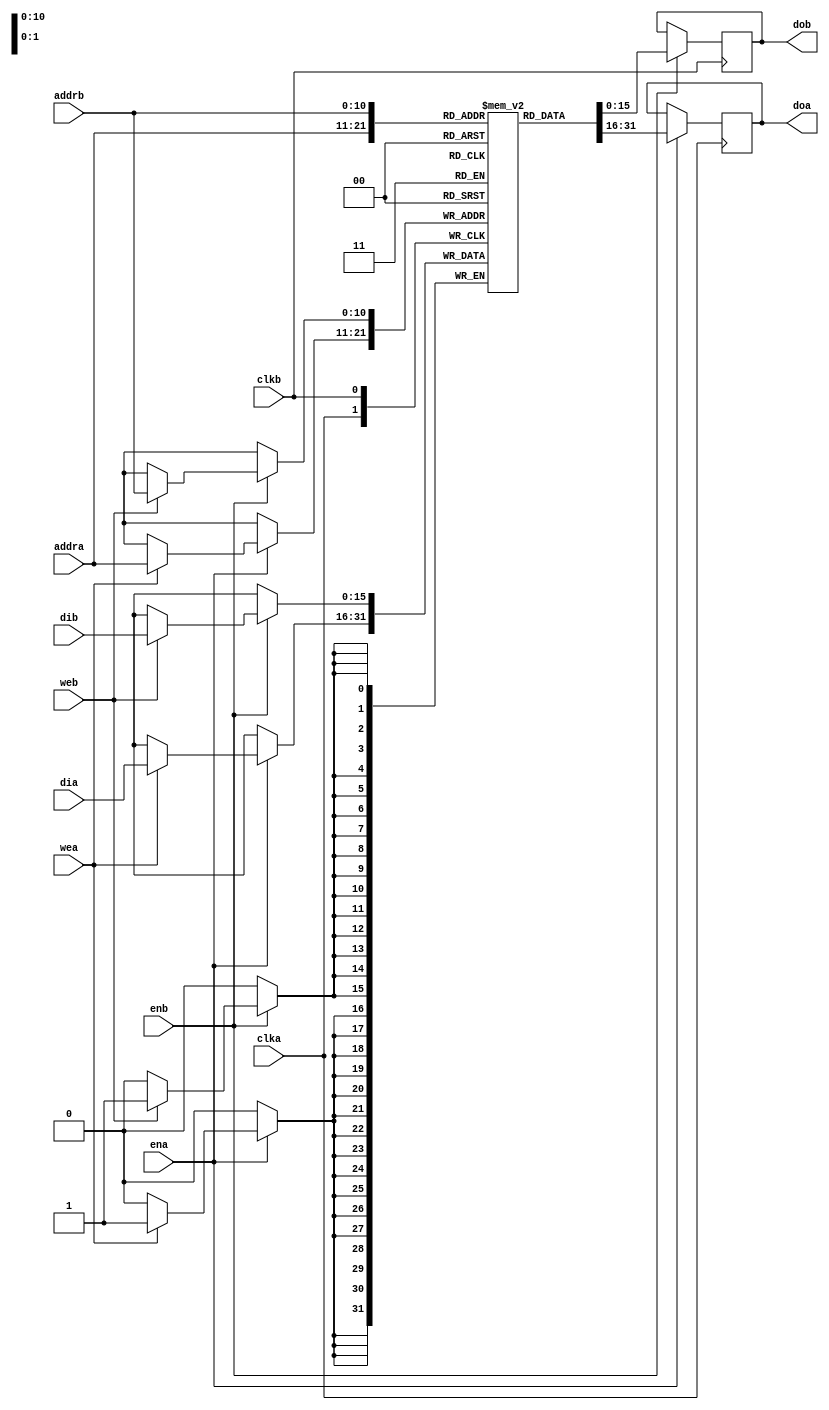
`timescale 1ns / 1ps
//////////////////////////////////////////////////////////////////////////////////
// Module Name: poly_ram
// Project Name:  NTT
// Description: Vivado BRAM block. 
// (https://www.xilinx.com/support/documentation/sw_manuals/xilinx2018_3/ug901-vivado-synthesis.pdf)
// Page 122
//////////////////////////////////////////////////////////////////////////////////


module poly_ram (clka,clkb,ena,enb,wea,web,addra,addrb,dia,dib,doa,dob);
    parameter FILENAME = "";

    input clka, clkb, ena, enb, wea, web;
    input [10:0] addra, addrb;
    input [15:0] dia, dib;
    output [15:0] doa, dob;
    reg [15:0] ram [2047:0];
    reg [15:0] doa, dob;
        
    // addr a logic
    always @(posedge clka)
    begin
        if (ena)
        begin
            if (wea)
                ram[addra] <= dia;
            doa <= ram[addra];
        end
    end
    
    // addrb logic
    always @(posedge clkb)
        begin
        if (enb)
        begin
            if (web)
                ram[addrb] <= dib;
            dob <= ram[addrb];
        end
    end
    
    // initialize top of RAM with gammas_inv_montgomery
    initial begin
      if (FILENAME != "") begin
        $readmemh(FILENAME, ram);
      end
    end
       /*if (INVERSE_GAMMAS == 1'b1) begin
        ram[0] = 16'h0200;
        ram[1] = 16'h0F68;
        ram[2] = 16'h10AB;
        ram[3] = 16'h1523;
        ram[4] = 16'h258F;
        ram[5] = 16'h170C;
        ram[6] = 16'h0C85;
        ram[7] = 16'h17AF;
        ram[8] = 16'h242D;
        ram[9] = 16'h07E5;
        ram[10] = 16'h0C0F;
        ram[11] = 16'h12A2;
        ram[12] = 16'h0405;
        ram[13] = 16'h0636;
        ram[14] = 16'h0157;
        ram[15] = 16'h0212;
        ram[16] = 16'h2073;
        ram[17] = 16'h10B1;
        ram[18] = 16'h0AD1;
        ram[19] = 16'h2591;
        ram[20] = 16'h039B;
        ram[21] = 16'h1C86;
        ram[22] = 16'h1134;
        ram[23] = 16'h0982;
        ram[24] = 16'h05BC;
        ram[25] = 16'h232C;
        ram[26] = 16'h21EA;
        ram[27] = 16'h2BBA;
        ram[28] = 16'h0B4E;
        ram[29] = 16'h2E94;
        ram[30] = 16'h13C5;
        ram[31] = 16'h1F87;
        ram[32] = 16'h0697;
        ram[33] = 16'h2A83;
        ram[34] = 16'h2233;
        ram[35] = 16'h1E2C;
        ram[36] = 16'h2B67;
        ram[37] = 16'h1A0F;
        ram[38] = 16'h1E78;
        ram[39] = 16'h18B0;
        ram[40] = 16'h0A28;
        ram[41] = 16'h183B;
        ram[42] = 16'h1363;
        ram[43] = 16'h1814;
        ram[44] = 16'h2677;
        ram[45] = 16'h1807;
        ram[46] = 16'h2CD3;
        ram[47] = 16'h2803;
        ram[48] = 16'h0EF1;
        ram[49] = 16'h2D57;
        ram[50] = 16'h04FB;
        ram[51] = 16'h0F1D;
        ram[52] = 16'h01A9;
        ram[53] = 16'h150A;
        ram[54] = 16'h108E;
        ram[55] = 16'h2704;
        ram[56] = 16'h1585;
        ram[57] = 16'h2D02;
        ram[58] = 16'h272D;
        ram[59] = 16'h1F01;
        ram[60] = 16'h0D0F;
        ram[61] = 16'h1A56;
        ram[62] = 16'h245B;
        ram[63] = 16'h28C8;
        ram[64] = 16'h2C1F;
        ram[65] = 16'h0D98;
        ram[66] = 16'h0EB5;
        ram[67] = 16'h0488;
        ram[68] = 16'h04E7;
        ram[69] = 16'h1183;
        ram[70] = 16'h21A3;
        ram[71] = 16'h25D7;
        ram[72] = 16'h2B37;
        ram[73] = 16'h0C9D;
        ram[74] = 16'h1E68;
        ram[75] = 16'h2435;
        ram[76] = 16'h1A23;
        ram[77] = 16'h1C12;
        ram[78] = 16'h28B7;
        ram[79] = 16'h295C;
        ram[80] = 16'h2D93;
        ram[81] = 16'h2DCA;
        ram[82] = 16'h0F31;
        ram[83] = 16'h2F44;
        ram[84] = 16'h2511;
        ram[85] = 16'h2FC2;
        ram[86] = 16'h0C5B;
        ram[87] = 16'h2FEC;
        ram[88] = 16'h241F;
        ram[89] = 16'h2FFA;
        ram[90] = 16'h2C0B;
        ram[91] = 16'h0FFE;
        ram[92] = 16'h2EAF;
        ram[93] = 16'h1555;
        ram[94] = 16'h1F90;
        ram[95] = 16'h271D;
        ram[96] = 16'h2A86;
        ram[97] = 16'h1D0A;
        ram[98] = 16'h1E2D;
        ram[99] = 16'h09AE;
        ram[100] = 16'h0A0F;
        ram[101] = 16'h033A;
        ram[102] = 16'h235B;
        ram[103] = 16'h2114;
        ram[104] = 16'h0BC9;
        ram[105] = 16'h1B07;
        ram[106] = 16'h13EE;
        ram[107] = 16'h2903;
        ram[108] = 16'h16A5;
        ram[109] = 16'h1DAC;
        ram[110] = 16'h278D;
        ram[111] = 16'h09E4;
        ram[112] = 16'h0D2F;
        ram[113] = 16'h034C;
        ram[114] = 16'h0465;
        ram[115] = 16'h211A;
        ram[116] = 16'h0177;
        ram[117] = 16'h1B09;
        ram[118] = 16'h007D;
        ram[119] = 16'h0903;
        ram[120] = 16'h102A;
        ram[121] = 16'h0301;
        ram[122] = 16'h2564;
        ram[123] = 16'h2101;
        ram[124] = 16'h1C77;
        ram[125] = 16'h2B01;
        ram[126] = 16'h097D;
        ram[127] = 16'h1E56;
        ram[128] = 16'h132A;
        ram[129] = 16'h1A1D;
        ram[130] = 16'h2664;
        ram[131] = 16'h28B5;
        ram[132] = 16'h0CCC;
        ram[133] = 16'h1D92;
        ram[134] = 16'h0444;
        ram[135] = 16'h29DC;
        ram[136] = 16'h016C;
        ram[137] = 16'h0DF4;
        ram[138] = 16'h207A;
        ram[139] = 16'h14A7;
        ram[140] = 16'h2AD4;
        ram[141] = 16'h26E3;
        ram[142] = 16'h1E47;
        ram[143] = 16'h2CF7;
        ram[144] = 16'h1A18;
        ram[145] = 16'h0EFD;
        ram[146] = 16'h18B3;
        ram[147] = 16'h04FF;
        ram[148] = 16'h183C;
        ram[149] = 16'h21AB;
        ram[150] = 16'h0814;
        ram[151] = 16'h0B39;
        ram[152] = 16'h22B2;
        ram[153] = 16'h13BE;
        ram[154] = 16'h1B91;
        ram[155] = 16'h1695;
        ram[156] = 16'h2931;
        ram[157] = 16'h0787;
        ram[158] = 16'h0DBB;
        ram[159] = 16'h2283;
        ram[160] = 16'h1494;
        ram[161] = 16'h0B81;
        ram[162] = 16'h06DC;
        ram[163] = 16'h13D6;
        ram[164] = 16'h224A;
        ram[165] = 16'h169D;
        ram[166] = 16'h0B6E;
        ram[167] = 16'h178A;
        ram[168] = 16'h23D0;
        ram[169] = 16'h17D9;
        ram[170] = 16'h0BF0;
        ram[171] = 16'h07F3;
        ram[172] = 16'h13FB;
        ram[173] = 16'h22A7;
        ram[174] = 16'h06A9;
        ram[175] = 16'h0B8D;
        ram[176] = 16'h2239;
        ram[177] = 16'h13DA;
        ram[178] = 16'h2B69;
        ram[179] = 16'h069E;
        ram[180] = 16'h2E79;
        ram[181] = 16'h1235;
        ram[182] = 16'h1F7E;
        ram[183] = 16'h1612;
        ram[184] = 16'h2A80;
        ram[185] = 16'h275C;
        ram[186] = 16'h1E2B;
        ram[187] = 16'h1D1F;
        ram[188] = 16'h2A0F;
        ram[189] = 16'h09B5;
        ram[190] = 16'h0E05;
        ram[191] = 16'h233D;
        ram[192] = 16'h24AD;
        ram[193] = 16'h0BBF;
        ram[194] = 16'h1C3A;
        ram[195] = 16'h23EB;
        ram[196] = 16'h1969;
        ram[197] = 16'h0BF9;
        ram[198] = 16'h2879;
        ram[199] = 16'h13FE;
        ram[200] = 16'h1D7E;
        ram[201] = 16'h06AA;
        ram[202] = 16'h19D5;
        ram[203] = 16'h1239;
        ram[204] = 16'h289D;
        ram[205] = 16'h0613;
        ram[206] = 16'h1D8A;
        ram[207] = 16'h2207;
        ram[208] = 16'h19D9;
        ram[209] = 16'h1B58;
        ram[210] = 16'h189E;
        ram[211] = 16'h291E;
        ram[212] = 16'h1835;
        ram[213] = 16'h1DB5;
        ram[214] = 16'h1812;
        ram[215] = 16'h09E7;
        ram[216] = 16'h0806;
        ram[217] = 16'h034D;
        ram[218] = 16'h12AD;
        ram[219] = 16'h111A;
        ram[220] = 16'h163A;
        ram[221] = 16'h25B4;
        ram[222] = 16'h1769;
        ram[223] = 16'h2C92;
        ram[224] = 16'h17CE;
        ram[225] = 16'h2EDC;
        ram[226] = 16'h27F0;
        ram[227] = 16'h1F9F;
        ram[228] = 16'h0D50;
        ram[229] = 16'h2A8B;
        ram[230] = 16'h0470;
        ram[231] = 16'h2E2F;
        ram[232] = 16'h117B;
        ram[233] = 16'h0F65;
        ram[234] = 16'h15D4;
        ram[235] = 16'h1522;
        ram[236] = 16'h1747;
        ram[237] = 16'h270C;
        ram[238] = 16'h27C3;
        ram[239] = 16'h0D04;
        ram[240] = 16'h0D41;
        ram[241] = 16'h1457;
        ram[242] = 16'h046B;
        ram[243] = 16'h16C8;
        ram[244] = 16'h0179;
        ram[245] = 16'h0798;
        ram[246] = 16'h107E;
        ram[247] = 16'h0288;
        ram[248] = 16'h2580;
        ram[249] = 16'h00D8;
        ram[250] = 16'h0C80;
        ram[251] = 16'h0048;
        ram[252] = 16'h142B;
        ram[253] = 16'h0018;
        ram[254] = 16'h06B9;
        ram[255] = 16'h0008;
        ram[256] = 16'h123E;
        ram[257] = 16'h1003;
        ram[258] = 16'h1615;
        ram[259] = 16'h2557;
        ram[260] = 16'h275D;
        ram[261] = 16'h2C73;
        ram[262] = 16'h0D1F;
        ram[263] = 16'h0ED1;
        ram[264] = 16'h1460;
        ram[265] = 16'h24F1;
        ram[266] = 16'h16CB;
        ram[267] = 16'h2C51;
        ram[268] = 16'h0799;
        ram[269] = 16'h1EC6;
        ram[270] = 16'h2289;
        ram[271] = 16'h0A42;
        ram[272] = 16'h0B83;
        ram[273] = 16'h236C;
        ram[274] = 16'h23D7;
        ram[275] = 16'h1BCF;
        ram[276] = 16'h2BF3;
        ram[277] = 16'h0945;
        ram[278] = 16'h2EA7;
        ram[279] = 16'h0317;
        ram[280] = 16'h0F8D;
        ram[281] = 16'h1108;
        ram[282] = 16'h052F;
        ram[283] = 16'h25AE;
        ram[284] = 16'h21BB;
        ram[285] = 16'h2C90;
        ram[286] = 16'h2B3F;
        ram[287] = 16'h1EDB;
        ram[288] = 16'h2E6B;
        ram[289] = 16'h0A49;
        ram[290] = 16'h0F79;
        ram[291] = 16'h136E;
        ram[292] = 16'h2529;
        ram[293] = 16'h067A;
        ram[294] = 16'h0C63;
        ram[295] = 16'h1229;
        ram[296] = 16'h0421;
        ram[297] = 16'h160E;
        ram[298] = 16'h2161;
        ram[299] = 16'h075A;
        ram[300] = 16'h2B21;
        ram[301] = 16'h2274;
        ram[302] = 16'h2E61;
        ram[303] = 16'h0B7C;
        ram[304] = 16'h1F76;
        ram[305] = 16'h03D4;
        ram[306] = 16'h1A7D;
        ram[307] = 16'h1147;
        ram[308] = 16'h28D5;
        ram[309] = 16'h25C3;
        ram[310] = 16'h2D9D;
        ram[311] = 16'h2C97;
        ram[312] = 16'h2F35;
        ram[313] = 16'h0EDD;
        ram[314] = 16'h2FBD;
        ram[315] = 16'h24F5;
        ram[316] = 16'h1FEA;
        ram[317] = 16'h1C52;
        ram[318] = 16'h2AA4;
        ram[319] = 16'h1971;
        ram[320] = 16'h1E37;
        ram[321] = 16'h087B;
        ram[322] = 16'h2A13;
        ram[323] = 16'h12D4;
        ram[324] = 16'h2E07;
        ram[325] = 16'h1647;
        ram[326] = 16'h1F58;
        ram[327] = 16'h076D;
        ram[328] = 16'h1A73;
        ram[329] = 16'h127A;
        ram[330] = 16'h08D1;
        ram[331] = 16'h1629;
        ram[332] = 16'h22F1;
        ram[333] = 16'h0763;
        ram[334] = 16'h1BA6;
        ram[335] = 16'h2277;
        ram[336] = 16'h2938;
        ram[337] = 16'h0B7D;
        ram[338] = 16'h2DBE;
        ram[339] = 16'h23D5;
        ram[340] = 16'h2F40;
        ram[341] = 16'h1BF2;
        ram[342] = 16'h0FC0;
        ram[343] = 16'h1951;
        ram[344] = 16'h0540;
        ram[345] = 16'h2871;
        ram[346] = 16'h01C0;
        ram[347] = 16'h0D7B;
        ram[348] = 16'h2096;
        ram[349] = 16'h247F;
        ram[350] = 16'h1ADD;
        ram[351] = 16'h2C2B;
        ram[352] = 16'h28F5;
        ram[353] = 16'h0EB9;
        ram[354] = 16'h0DA7;
        ram[355] = 16'h24E9;
        ram[356] = 16'h048D;
        ram[357] = 16'h1C4E;
        ram[358] = 16'h2185;
        ram[359] = 16'h2970;
        ram[360] = 16'h2B2D;
        ram[361] = 16'h0DD0;
        ram[362] = 16'h2E65;
        ram[363] = 16'h149B;
        ram[364] = 16'h0F77;
        ram[365] = 16'h26DF;
        ram[366] = 16'h1528;
        ram[367] = 16'h0CF5;
        ram[368] = 16'h270E;
        ram[369] = 16'h1452;
        ram[370] = 16'h1D05;
        ram[371] = 16'h06C6;
        ram[372] = 16'h29AD;
        ram[373] = 16'h0242;
        ram[374] = 16'h2DE5;
        ram[375] = 16'h10C1;
        ram[376] = 16'h2F4D;
        ram[377] = 16'h1596;
        ram[378] = 16'h2FC5;
        ram[379] = 16'h0732;
        ram[380] = 16'h2FED;
        ram[381] = 16'h0266;
        ram[382] = 16'h1FFA;
        ram[383] = 16'h10CD;
        ram[384] = 16'h1AA9;
        ram[385] = 16'h159A;
        ram[386] = 16'h08E3;
        ram[387] = 16'h2734;
        ram[388] = 16'h22F7;
        ram[389] = 16'h2D12;
        ram[390] = 16'h1BA8;
        ram[391] = 16'h0F06;
        ram[392] = 16'h0938;
        ram[393] = 16'h0502;
        ram[394] = 16'h1313;
        ram[395] = 16'h21AC;
        ram[396] = 16'h165C;
        ram[397] = 16'h2B3A;
        ram[398] = 16'h0774;
        ram[399] = 16'h1E69;
        ram[400] = 16'h027C;
        ram[401] = 16'h0A23;
        ram[402] = 16'h00D4;
        ram[403] = 16'h0361;
        ram[404] = 16'h1047;
        ram[405] = 16'h2121;
        ram[406] = 16'h056D;
        ram[407] = 16'h0B0B;
        ram[408] = 16'h01CF;
        ram[409] = 16'h23AF;
        ram[410] = 16'h209B;
        ram[411] = 16'h0BE5;
        ram[412] = 16'h2ADF;
        ram[413] = 16'h03F7;
        ram[414] = 16'h2E4B;
        ram[415] = 16'h2153;
        ram[416] = 16'h2F6F;
        ram[417] = 16'h1B1C;
        ram[418] = 16'h1FD0;
        ram[419] = 16'h290A;
        ram[420] = 16'h1A9B;
        ram[421] = 16'h0DAE;
        ram[422] = 16'h28DF;
        ram[423] = 16'h2490;
        ram[424] = 16'h1DA0;
        ram[425] = 16'h0C30;
        ram[426] = 16'h09E0;
        ram[427] = 16'h0410;
        ram[428] = 16'h134B;
        ram[429] = 16'h115B;
        ram[430] = 16'h266F;
        ram[431] = 16'h05C9;
        ram[432] = 16'h1CD0;
        ram[433] = 16'h11EE;
        ram[434] = 16'h199B;
        ram[435] = 16'h05FA;
        ram[436] = 16'h0889;
        ram[437] = 16'h01FE;
        ram[438] = 16'h22D9;
        ram[439] = 16'h00AA;
        ram[440] = 16'h1B9E;
        ram[441] = 16'h1039;
        ram[442] = 16'h1935;
        ram[443] = 16'h2569;
        ram[444] = 16'h0867;
        ram[445] = 16'h2C79;
        ram[446] = 16'h02CD;
        ram[447] = 16'h0ED3;
        ram[448] = 16'h00EF;
        ram[449] = 16'h04F1;
        ram[450] = 16'h1050;
        ram[451] = 16'h11A6;
        ram[452] = 16'h0570;
        ram[453] = 16'h05E2;
        ram[454] = 16'h01D0;
        ram[455] = 16'h01F6;
        ram[456] = 16'h109B;
        ram[457] = 16'h20A8;
        ram[458] = 16'h0589;
        ram[459] = 16'h1AE3;
        ram[460] = 16'h21D9;
        ram[461] = 16'h28F7;
        ram[462] = 16'h2B49;
        ram[463] = 16'h1DA8;
        ram[464] = 16'h1E6E;
        ram[465] = 16'h19E3;
        ram[466] = 16'h1A25;
        ram[467] = 16'h08A1;
        ram[468] = 16'h08B7;
        ram[469] = 16'h22E1;
        ram[470] = 16'h12E8;
        ram[471] = 16'h2BA1;
        ram[472] = 16'h264E;
        ram[473] = 16'h0E8B;
        ram[474] = 16'h1CC5;
        ram[475] = 16'h04D9;
        ram[476] = 16'h0997;
        ram[477] = 16'h119E;
        ram[478] = 16'h2333;
        ram[479] = 16'h25E0;
        ram[480] = 16'h1BBC;
        ram[481] = 16'h0CA0;
        ram[482] = 16'h193F;
        ram[483] = 16'h2436;
        ram[484] = 16'h286B;
        ram[485] = 16'h0C12;
        ram[486] = 16'h0D79;
        ram[487] = 16'h0406;
        ram[488] = 16'h147E;
        ram[489] = 16'h2158;
        ram[490] = 16'h16D5;
        ram[491] = 16'h2B1E;
        ram[492] = 16'h279D;
        ram[493] = 16'h2E60;
        ram[494] = 16'h2D35;
        ram[495] = 16'h2F76;
        ram[496] = 16'h1F12;
        ram[497] = 16'h0FD2;
        ram[498] = 16'h2A5C;
        ram[499] = 16'h0546;
        ram[500] = 16'h1E1F;
        ram[501] = 16'h01C2;
        ram[502] = 16'h2A0B;
        ram[503] = 16'h0096;
        ram[504] = 16'h1E04;
        ram[505] = 16'h0032;
        ram[506] = 16'h2A02;
        ram[507] = 16'h1011;
        ram[508] = 16'h1E01;
        ram[509] = 16'h055B;
        ram[510] = 16'h2A01;
        ram[511] = 16'h01C9;
       end else begin
        ram[0] = 16'h0FEB;
        ram[1] = 16'h14C3;
        ram[2] = 16'h1F1D;
        ram[3] = 16'h1CCD;
        ram[4] = 16'h020A;
        ram[5] = 16'h2788;
        ram[6] = 16'h2343;
        ram[7] = 16'h13D7;
        ram[8] = 16'h0928;
        ram[9] = 16'h04FE;
        ram[10] = 16'h07B5;
        ram[11] = 16'h15C6;
        ram[12] = 16'h03FA;
        ram[13] = 16'h18DC;
        ram[14] = 16'h2BF0;
        ram[15] = 16'h2247;
        ram[16] = 16'h1D4C;
        ram[17] = 16'h1E8E;
        ram[18] = 16'h15A1;
        ram[19] = 16'h128D;
        ram[20] = 16'h2134;
        ram[21] = 16'h2F6E;
        ram[22] = 16'h1550;
        ram[23] = 16'h1EA0;
        ram[24] = 16'h1545;
        ram[25] = 16'h0F14;
        ram[26] = 16'h11B8;
        ram[27] = 16'h2BE7;
        ram[28] = 16'h181B;
        ram[29] = 16'h2117;
        ram[30] = 16'h0A7B;
        ram[31] = 16'h2B5B;
        ram[32] = 16'h2941;
        ram[33] = 16'h0190;
        ram[34] = 16'h17F9;
        ram[35] = 16'h1CAD;
        ram[36] = 16'h1527;
        ram[37] = 16'h21C6;
        ram[38] = 16'h17F8;
        ram[39] = 16'h16E6;
        ram[40] = 16'h1599;
        ram[41] = 16'h1456;
        ram[42] = 16'h0038;
        ram[43] = 16'h2382;
        ram[44] = 16'h2214;
        ram[45] = 16'h2D73;
        ram[46] = 16'h06A6;
        ram[47] = 16'h283E;
        ram[48] = 16'h14DB;
        ram[49] = 16'h1ABB;
        ram[50] = 16'h17CD;
        ram[51] = 16'h0E7E;
        ram[52] = 16'h013C;
        ram[53] = 16'h017E;
        ram[54] = 16'h2E2D;
        ram[55] = 16'h206D;
        ram[56] = 16'h2AB2;
        ram[57] = 16'h153B;
        ram[58] = 16'h2B1B;
        ram[59] = 16'h03CD;
        ram[60] = 16'h2063;
        ram[61] = 16'h2810;
        ram[62] = 16'h20DA;
        ram[63] = 16'h0782;
        ram[64] = 16'h2F41;
        ram[65] = 16'h2AD8;
        ram[66] = 16'h2800;
        ram[67] = 16'h1330;
        ram[68] = 16'h125A;
        ram[69] = 16'h13C1;
        ram[70] = 16'h1D55;
        ram[71] = 16'h228C;
        ram[72] = 16'h2267;
        ram[73] = 16'h2CEE;
        ram[74] = 16'h155C;
        ram[75] = 16'h03F2;
        ram[76] = 16'h23CA;
        ram[77] = 16'h1FB8;
        ram[78] = 16'h0B68;
        ram[79] = 16'h1479;
        ram[80] = 16'h17A7;
        ram[81] = 16'h22F9;
        ram[82] = 16'h02A5;
        ram[83] = 16'h16F2;
        ram[84] = 16'h0ACE;
        ram[85] = 16'h2AD6;
        ram[86] = 16'h2FCD;
        ram[87] = 16'h239B;
        ram[88] = 16'h2F6A;
        ram[89] = 16'h27B2;
        ram[90] = 16'h0F75;
        ram[91] = 16'h0B17;
        ram[92] = 16'h18EF;
        ram[93] = 16'h09C9;
        ram[94] = 16'h2E52;
        ram[95] = 16'h062B;
        ram[96] = 16'h2342;
        ram[97] = 16'h0E10;
        ram[98] = 16'h17BD;
        ram[99] = 16'h1210;
        ram[100] = 16'h2E5C;
        ram[101] = 16'h0FF0;
        ram[102] = 16'h17B4;
        ram[103] = 16'h0E12;
        ram[104] = 16'h025D;
        ram[105] = 16'h2703;
        ram[106] = 16'h01F8;
        ram[107] = 16'h1F8C;
        ram[108] = 16'h12AE;
        ram[109] = 16'h1903;
        ram[110] = 16'h0BD5;
        ram[111] = 16'h1A27;
        ram[112] = 16'h2BB0;
        ram[113] = 16'h008E;
        ram[114] = 16'h1631;
        ram[115] = 16'h226C;
        ram[116] = 16'h0B1C;
        ram[117] = 16'h0D6E;
        ram[118] = 16'h1F8D;
        ram[119] = 16'h03CF;
        ram[120] = 16'h003A;
        ram[121] = 16'h2F10;
        ram[122] = 16'h03EB;
        ram[123] = 16'h2235;
        ram[124] = 16'h0375;
        ram[125] = 16'h1889;
        ram[126] = 16'h07A4;
        ram[127] = 16'h1391;
        ram[128] = 16'h2FC1;
        ram[129] = 16'h0E48;
        ram[130] = 16'h2D56;
        ram[131] = 16'h2666;
        ram[132] = 16'h061E;
        ram[133] = 16'h1696;
        ram[134] = 16'h09C7;
        ram[135] = 16'h0B84;
        ram[136] = 16'h1B78;
        ram[137] = 16'h0EFA;
        ram[138] = 16'h171F;
        ram[139] = 16'h1151;
        ram[140] = 16'h0BEE;
        ram[141] = 16'h1A93;
        ram[142] = 16'h23CE;
        ram[143] = 16'h06D3;
        ram[144] = 16'h27E3;
        ram[145] = 16'h2BA9;
        ram[146] = 16'h10E2;
        ram[147] = 16'h07A6;
        ram[148] = 16'h039A;
        ram[149] = 16'h2E48;
        ram[150] = 16'h0FEF;
        ram[151] = 16'h2BDF;
        ram[152] = 16'h0FCE;
        ram[153] = 16'h2D3C;
        ram[154] = 16'h0527;
        ram[155] = 16'h23B3;
        ram[156] = 16'h1850;
        ram[157] = 16'h0343;
        ram[158] = 16'h1F71;
        ram[159] = 16'h220F;
        ram[160] = 16'h1BC1;
        ram[161] = 16'h04B0;
        ram[162] = 16'h17EA;
        ram[163] = 16'h2606;
        ram[164] = 16'h0F74;
        ram[165] = 16'h0550;
        ram[166] = 16'h17E7;
        ram[167] = 16'h14B1;
        ram[168] = 16'h10CA;
        ram[169] = 16'h0D01;
        ram[170] = 16'h00A8;
        ram[171] = 16'h0A84;
        ram[172] = 16'h063A;
        ram[173] = 16'h2857;
        ram[174] = 16'h13F2;
        ram[175] = 16'h18B8;
        ram[176] = 16'h0E90;
        ram[177] = 16'h2030;
        ram[178] = 16'h1766;
        ram[179] = 16'h2B7A;
        ram[180] = 16'h03B4;
        ram[181] = 16'h047A;
        ram[182] = 16'h2A85;
        ram[183] = 16'h0145;
        ram[184] = 16'h2014;
        ram[185] = 16'h0FB0;
        ram[186] = 16'h214F;
        ram[187] = 16'h0B67;
        ram[188] = 16'h0127;
        ram[189] = 16'h182E;
        ram[190] = 16'h028C;
        ram[191] = 16'h1686;
        ram[192] = 16'h2DC1;
        ram[193] = 16'h2086;
        ram[194] = 16'h17FE;
        ram[195] = 16'h098F;
        ram[196] = 16'h070D;
        ram[197] = 16'h0B42;
        ram[198] = 16'h27FE;
        ram[199] = 16'h07A2;
        ram[200] = 16'h0733;
        ram[201] = 16'h26C8;
        ram[202] = 16'h1013;
        ram[203] = 16'h0BD6;
        ram[204] = 16'h0B5C;
        ram[205] = 16'h2F27;
        ram[206] = 16'h2238;
        ram[207] = 16'h0D6A;
        ram[208] = 16'h16F4;
        ram[209] = 16'h08E9;
        ram[210] = 16'h07EF;
        ram[211] = 16'h14D5;
        ram[212] = 16'h206A;
        ram[213] = 16'h2080;
        ram[214] = 16'h2F65;
        ram[215] = 16'h0ACF;
        ram[216] = 16'h2E3C;
        ram[217] = 16'h1714;
        ram[218] = 16'h2E5F;
        ram[219] = 16'h2145;
        ram[220] = 16'h1ACC;
        ram[221] = 16'h1D5B;
        ram[222] = 16'h2AF4;
        ram[223] = 16'h1281;
        ram[224] = 16'h09C4;
        ram[225] = 16'h2A30;
        ram[226] = 16'h1736;
        ram[227] = 16'h062F;
        ram[228] = 16'h2B12;
        ram[229] = 16'h2FD0;
        ram[230] = 16'h171B;
        ram[231] = 16'h2A36;
        ram[232] = 16'h0717;
        ram[233] = 16'h1507;
        ram[234] = 16'h05E8;
        ram[235] = 16'h2EA3;
        ram[236] = 16'h0809;
        ram[237] = 16'h1B08;
        ram[238] = 16'h237F;
        ram[239] = 16'h1E74;
        ram[240] = 16'h230E;
        ram[241] = 16'h01AA;
        ram[242] = 16'h1292;
        ram[243] = 16'h0742;
        ram[244] = 16'h2154;
        ram[245] = 16'h284A;
        ram[246] = 16'h2EA6;
        ram[247] = 16'h0B6D;
        ram[248] = 16'h00AE;
        ram[249] = 16'h2D2E;
        ram[250] = 16'h0BC1;
        ram[251] = 16'h069D;
        ram[252] = 16'h0A5F;
        ram[253] = 16'h199A;
        ram[254] = 16'h16EC;
        ram[255] = 16'h0AB2;
        ram[256] = 16'h2E14;
        ram[257] = 16'h2001;
        ram[258] = 16'h26B4;
        ram[259] = 16'h1544;
        ram[260] = 16'h2A9F;
        ram[261] = 16'h0778;
        ram[262] = 16'h1F10;
        ram[263] = 16'h01B3;
        ram[264] = 16'h0194;
        ram[265] = 16'h1DDC;
        ram[266] = 16'h2BD8;
        ram[267] = 16'h27A2;
        ram[268] = 16'h1B64;
        ram[269] = 16'h2B71;
        ram[270] = 16'h2B4A;
        ram[271] = 16'h2351;
        ram[272] = 16'h25FB;
        ram[273] = 16'h088B;
        ram[274] = 16'h268B;
        ram[275] = 16'h186A;
        ram[276] = 16'h0E3E;
        ram[277] = 16'h267C;
        ram[278] = 16'h187B;
        ram[279] = 16'h0BAB;
        ram[280] = 16'h213D;
        ram[281] = 16'h036B;
        ram[282] = 16'h1370;
        ram[283] = 16'h29BA;
        ram[284] = 16'h1F45;
        ram[285] = 16'h13E0;
        ram[286] = 16'h1C6E;
        ram[287] = 16'h2C17;
        ram[288] = 16'h2407;
        ram[289] = 16'h001B;
        ram[290] = 16'h0EB3;
        ram[291] = 16'h2A61;
        ram[292] = 16'h2C08;
        ram[293] = 16'h1CEC;
        ram[294] = 16'h13DC;
        ram[295] = 16'h29A1;
        ram[296] = 16'h1FD2;
        ram[297] = 16'h126A;
        ram[298] = 16'h2F0F;
        ram[299] = 16'h2A00;
        ram[300] = 16'h0A76;
        ram[301] = 16'h0E78;
        ram[302] = 16'h0221;
        ram[303] = 16'h1C66;
        ram[304] = 16'h042B;
        ram[305] = 16'h13ED;
        ram[306] = 16'h01BA;
        ram[307] = 16'h0961;
        ram[308] = 16'h0186;
        ram[309] = 16'h2CFC;
        ram[310] = 16'h0EC2;
        ram[311] = 16'h2108;
        ram[312] = 16'h0415;
        ram[313] = 16'h24D6;
        ram[314] = 16'h2650;
        ram[315] = 16'h1394;
        ram[316] = 16'h24A1;
        ram[317] = 16'h19BF;
        ram[318] = 16'h2E9F;
        ram[319] = 16'h12FD;
        ram[320] = 16'h1EAC;
        ram[321] = 16'h0003;
        ram[322] = 16'h0C4D;
        ram[323] = 16'h2F61;
        ram[324] = 16'h2F90;
        ram[325] = 16'h1337;
        ram[326] = 16'h278B;
        ram[327] = 16'h0F4B;
        ram[328] = 16'h0E34;
        ram[329] = 16'h1CB7;
        ram[330] = 16'h0A90;
        ram[331] = 16'h14AB;
        ram[332] = 16'h067F;
        ram[333] = 16'h06F1;
        ram[334] = 16'h0592;
        ram[335] = 16'h1DD3;
        ram[336] = 16'h05CC;
        ram[337] = 16'h1CE2;
        ram[338] = 16'h0ADC;
        ram[339] = 16'h1BB6;
        ram[340] = 16'h202C;
        ram[341] = 16'h0A55;
        ram[342] = 16'h1C4F;
        ram[343] = 16'h0901;
        ram[344] = 16'h0B1F;
        ram[345] = 16'h1EC3;
        ram[346] = 16'h1EED;
        ram[347] = 16'h2783;
        ram[348] = 16'h2968;
        ram[349] = 16'h22DD;
        ram[350] = 16'h0FD9;
        ram[351] = 16'h0CC7;
        ram[352] = 16'h2439;
        ram[353] = 16'h00F3;
        ram[354] = 16'h2449;
        ram[355] = 16'h2D62;
        ram[356] = 16'h0C40;
        ram[357] = 16'h1447;
        ram[358] = 16'h22B9;
        ram[359] = 16'h26A2;
        ram[360] = 16'h2E5D;
        ram[361] = 16'h15B7;
        ram[362] = 16'h277F;
        ram[363] = 16'h29F9;
        ram[364] = 16'h2E25;
        ram[365] = 16'h2236;
        ram[366] = 16'h1329;
        ram[367] = 16'h0F91;
        ram[368] = 16'h2583;
        ram[369] = 16'h2352;
        ram[370] = 16'h0F8A;
        ram[371] = 16'h2468;
        ram[372] = 16'h0DB6;
        ram[373] = 16'h14D4;
        ram[374] = 16'h24D0;
        ram[375] = 16'h0942;
        ram[376] = 16'h24BD;
        ram[377] = 16'h2B80;
        ram[378] = 16'h08C9;
        ram[379] = 16'h2031;
        ram[380] = 16'h29A3;
        ram[381] = 16'h27B3;
        ram[382] = 16'h238F;
        ram[383] = 16'h1AE2;
        ram[384] = 16'h2A3A;
        ram[385] = 16'h0001;
        ram[386] = 16'h141A;
        ram[387] = 16'h0FCB;
        ram[388] = 16'h1FDB;
        ram[389] = 16'h1668;
        ram[390] = 16'h2D2F;
        ram[391] = 16'h0519;
        ram[392] = 16'h04BC;
        ram[393] = 16'h2993;
        ram[394] = 16'h2386;
        ram[395] = 16'h16E4;
        ram[396] = 16'h222B;
        ram[397] = 16'h2251;
        ram[398] = 16'h21DC;
        ram[399] = 16'h09F1;
        ram[400] = 16'h11EF;
        ram[401] = 16'h19A1;
        ram[402] = 16'h139F;
        ram[403] = 16'h193D;
        ram[404] = 16'h2ABA;
        ram[405] = 16'h1372;
        ram[406] = 16'h1970;
        ram[407] = 16'h2301;
        ram[408] = 16'h03B5;
        ram[409] = 16'h0A41;
        ram[410] = 16'h0A4F;
        ram[411] = 16'h1D2C;
        ram[412] = 16'h2DCE;
        ram[413] = 16'h0B9F;
        ram[414] = 16'h2549;
        ram[415] = 16'h2443;
        ram[416] = 16'h0C13;
        ram[417] = 16'h0051;
        ram[418] = 16'h2C19;
        ram[419] = 16'h1F21;
        ram[420] = 16'h2416;
        ram[421] = 16'h26C3;
        ram[422] = 16'h0B93;
        ram[423] = 16'h1CE1;
        ram[424] = 16'h2F75;
        ram[425] = 16'h073D;
        ram[426] = 16'h2D2B;
        ram[427] = 16'h1DFE;
        ram[428] = 16'h1F62;
        ram[429] = 16'h2B68;
        ram[430] = 16'h0663;
        ram[431] = 16'h2531;
        ram[432] = 16'h0C81;
        ram[433] = 16'h0BC6;
        ram[434] = 16'h052E;
        ram[435] = 16'h1C23;
        ram[436] = 16'h0492;
        ram[437] = 16'h26F2;
        ram[438] = 16'h2C46;
        ram[439] = 16'h0316;
        ram[440] = 16'h0C3F;
        ram[441] = 16'h0E80;
        ram[442] = 16'h12EE;
        ram[443] = 16'h0ABB;
        ram[444] = 16'h0DE1;
        ram[445] = 16'h1D3C;
        ram[446] = 16'h2BDB;
        ram[447] = 16'h08F6;
        ram[448] = 16'h2C03;
        ram[449] = 16'h0009;
        ram[450] = 16'h24E7;
        ram[451] = 16'h2E21;
        ram[452] = 16'h2EAE;
        ram[453] = 16'h09A4;
        ram[454] = 16'h169F;
        ram[455] = 16'h2DE1;
        ram[456] = 16'h2A9C;
        ram[457] = 16'h2624;
        ram[458] = 16'h1FB0;
        ram[459] = 16'h0E00;
        ram[460] = 16'h137D;
        ram[461] = 16'h14D3;
        ram[462] = 16'h10B6;
        ram[463] = 16'h2978;
        ram[464] = 16'h1164;
        ram[465] = 16'h26A5;
        ram[466] = 16'h2094;
        ram[467] = 16'h2321;
        ram[468] = 16'h0082;
        ram[469] = 16'h1EFF;
        ram[470] = 16'h24EC;
        ram[471] = 16'h1B03;
        ram[472] = 16'h215D;
        ram[473] = 16'h2C48;
        ram[474] = 16'h2CC6;
        ram[475] = 16'h1687;
        ram[476] = 16'h1C36;
        ram[477] = 16'h0895;
        ram[478] = 16'h2F8B;
        ram[479] = 16'h2655;
        ram[480] = 16'h0CA9;
        ram[481] = 16'h02D9;
        ram[482] = 16'h0CD9;
        ram[483] = 16'h2824;
        ram[484] = 16'h24C0;
        ram[485] = 16'h0CD4;
        ram[486] = 16'h0829;
        ram[487] = 16'h13E4;
        ram[488] = 16'h2B15;
        ram[489] = 16'h1124;
        ram[490] = 16'h167B;
        ram[491] = 16'h1DE9;
        ram[492] = 16'h2A6D;
        ram[493] = 16'h06A0;
        ram[494] = 16'h097A;
        ram[495] = 16'h2EB3;
        ram[496] = 16'h1087;
        ram[497] = 16'h09F4;
        ram[498] = 16'h2E9E;
        ram[499] = 16'h0D36;
        ram[500] = 16'h2922;
        ram[501] = 16'h0E7B;
        ram[502] = 16'h0E6E;
        ram[503] = 16'h1BC6;
        ram[504] = 16'h0E35;
        ram[505] = 16'h227E;
        ram[506] = 16'h1A5B;
        ram[507] = 16'h0091;
        ram[508] = 16'h1CE7;
        ram[509] = 16'h1717;
        ram[510] = 16'h0AAB;
        ram[511] = 16'h20A5;
       end
       */
    
    
endmodule